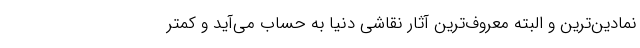
نمادین‌ترین و البته معروف‌ترین آثار نقاشی دنیا به حساب می‌آید و کمتر